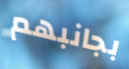
بجانبهم